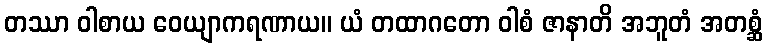
တဿာ ဝါစာယ ဝေယျာကရဏာယ။ ယံ တထာဂတော ဝါစံ ဇာနာတိ အဘူတံ အတစ္ဆံ